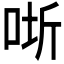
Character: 𭇵